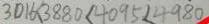
3 0 1 6 < 3 8 8 0 < 4 0 9 5 < 4 9 8 0